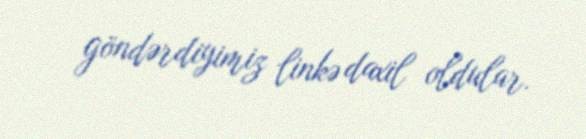
göndərdiyimiz linkə daxil oldular.